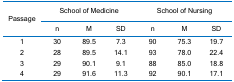
<table><thead><tr><td rowspan="2"><b>Passage</b></td><td colspan="3"><b>School of Medicine</b></td><td colspan="3"><b>School of Nursing</b></td></tr><tr><td><b>n</b></td><td><b>M</b></td><td><b>SD</b></td><td><b>n</b></td><td><b>M</b></td><td><b>SD</b></td></tr></thead><tbody><tr><td>1</td><td>30</td><td>89.5</td><td>7.3</td><td>90</td><td>75.3</td><td>19.7</td></tr><tr><td>2</td><td>28</td><td>89.5</td><td>14.1</td><td>93</td><td>78.0</td><td>22.4</td></tr><tr><td>3</td><td>29</td><td>90.1</td><td>9.1</td><td>88</td><td>85.0</td><td>18.8</td></tr><tr><td>4</td><td>29</td><td>91.6</td><td>11.3</td><td>92</td><td>90.1</td><td>17.1</td></tr></tbody></table>